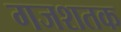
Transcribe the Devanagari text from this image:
गजशतक